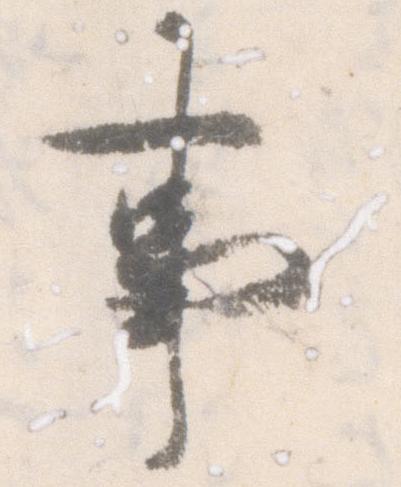
事